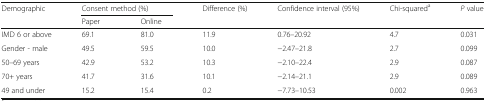
| Demographic | <COLSPAN=2> Consent method (%) | Difference (%) | Confidence interval (95%) | Chi-squareda | P value |
 |  | Paper | Online | <COLSPAN=4>  |
 | --- | --- | --- | --- | --- | --- | --- |
 | IMD 6 or above | 69.1 | 81.0 | 11.9 | 0.76–20.92 | 4.7 | 0.031 |
 | Gender - male | 49.5 | 59.5 | 10.0 | −2.47–21.8 | 2.7 | 0.099 |
 | 50–69 years | 42.9 | 53.2 | 10.3 | −2.10–22.4 | 2.9 | 0.087 |
 | 70+ years | 41.7 | 31.6 | 10.1 | −2.14–21.1 | 2.9 | 0.089 |
 | 49 and under | 15.2 | 15.4 | 0.2 | −7.73–10.53 | 0.002 | 0.963 |